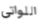
اللواتي